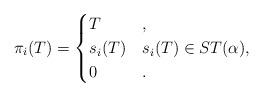
LaTeX: \begin{align*}\pi_i(T)=\begin{cases}T & ,\\s_i(T) & s_i(T)\in ST(\alpha),\\0 &.\end{cases}\end{align*}